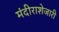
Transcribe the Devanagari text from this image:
मंदीराशेजारी